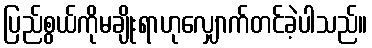
ပြည်စွယ်ကိုမချိုးရာဟုလျှောက်တင်ခဲ့ပါသည်။